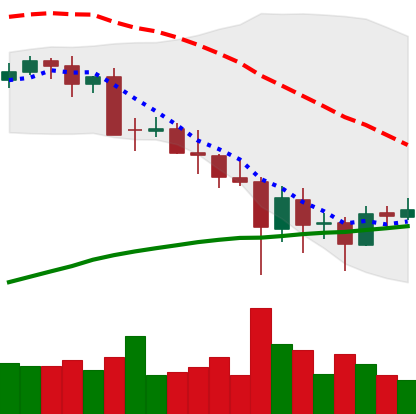
Ticker: BTC-USD
Chart end date: 2021-05-26
Forward return: -4.991%
Label: down_3_5